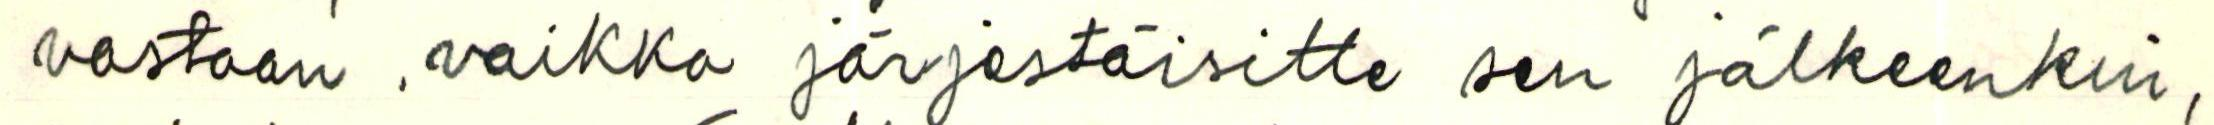
vastaan, vaikka järjestäisitte sen jälkeenkin,